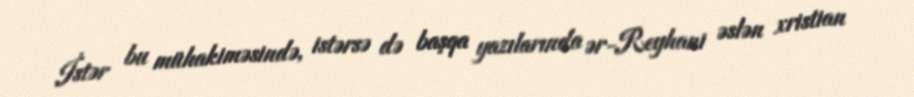
İstər bu mühakiməsində, istərsə də başqa yazılarında ər-Reyhani əslən xristian